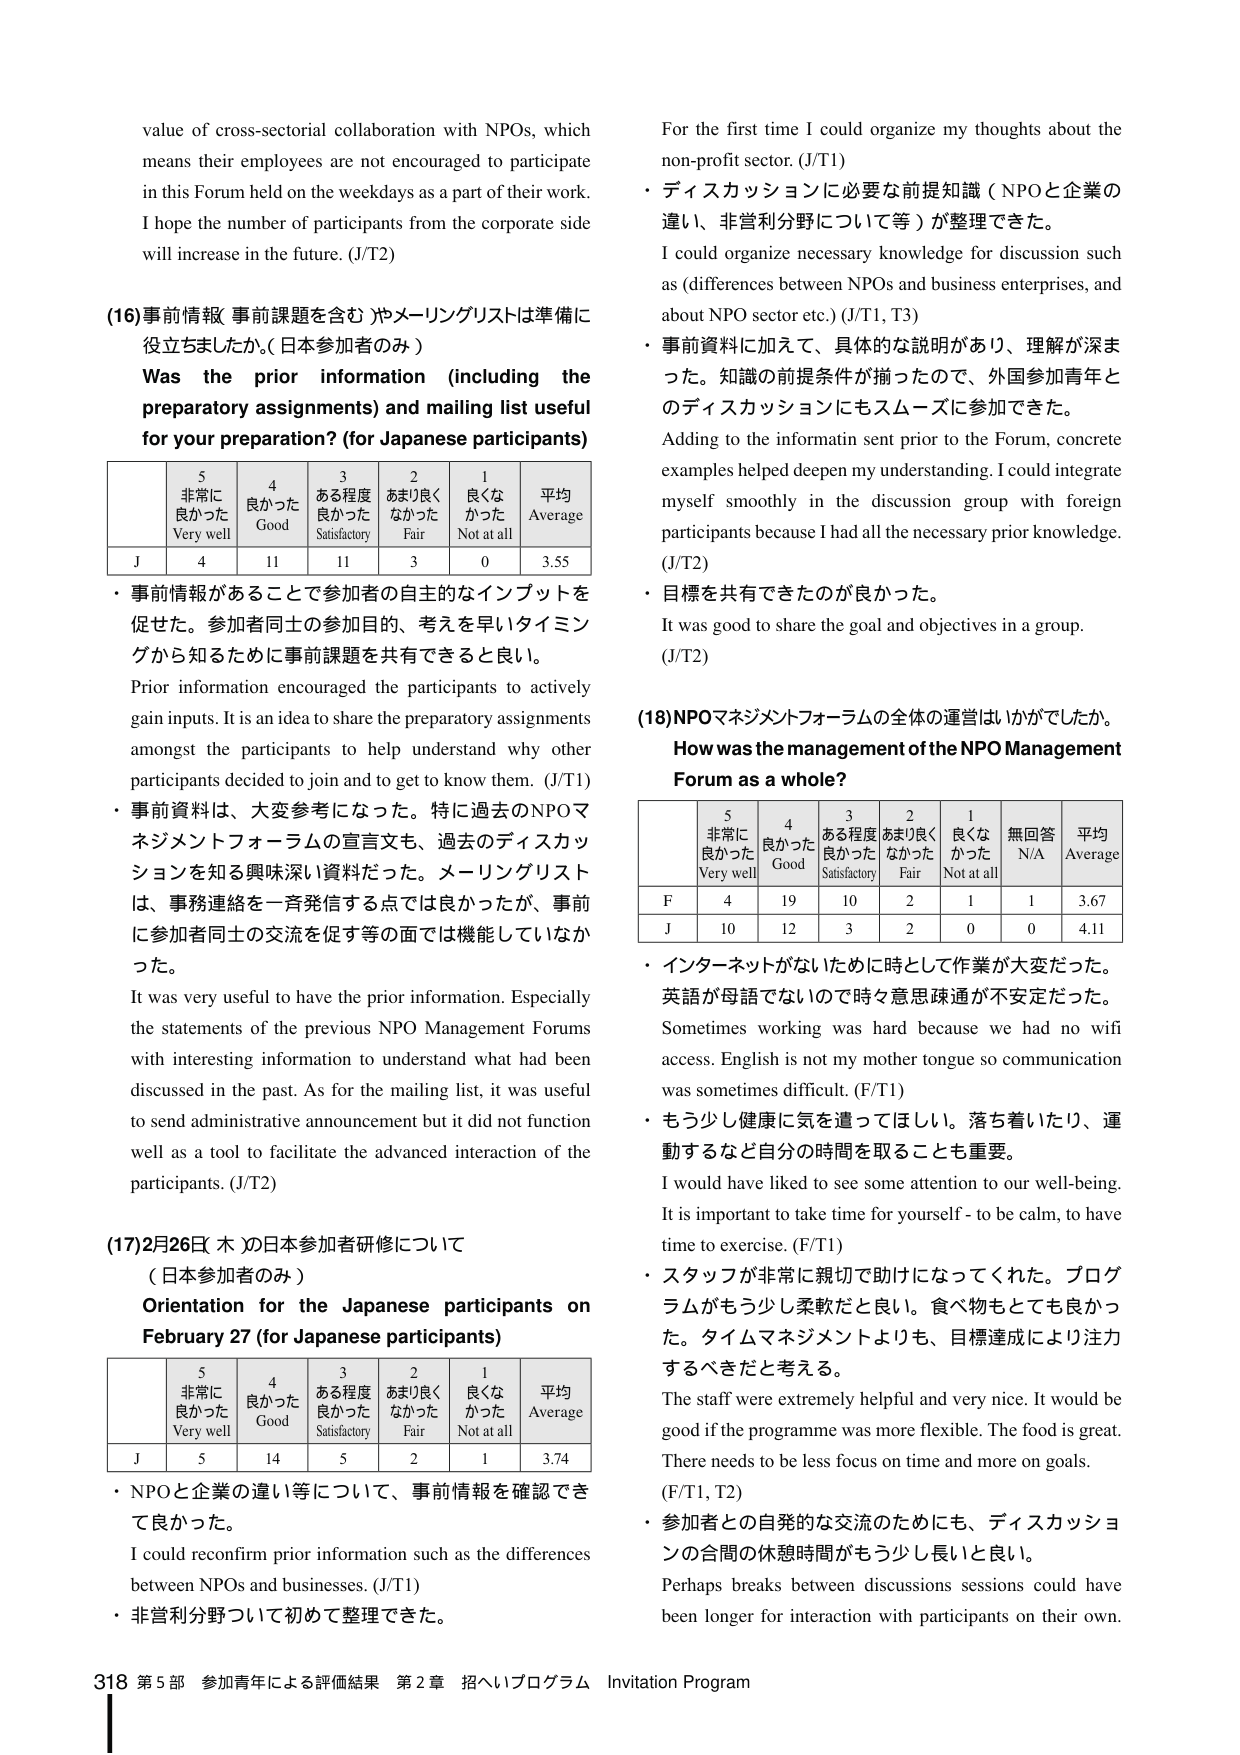
value of cross-sectoral collaboration with NPOs, which means their employees are not encouraged to participate in this Forum held on the weekdays as a part of their work. I hope the number of participants from the corporate side will increase in the future. (J/T2)

(16) 事前情報（事前課題を含む）やメーリングリストは準備に役立ちましたか。（日本参加者のみ）
Was the prior information (including the preparatory assignments) and mailing list useful for your preparation? (for Japanese participants)

5 非常に良かった Very well
4 良かった Good
3 ある程度良かった Satisfactory
2 あまり良くなかった Fair
1 良くなかった Not at all
平均 Average

J 4 11 11 3 0 3.55

・事前情報があることで参加者の自主的なインプットを促せた。参加者同士の参加目的、考えを早いタイミングから知るために事前課題を共有できると良い。
Prior information encouraged the participants to actively gain inputs. It is an idea to share the preparatory assignments amongst the participants to help understand why other participants decided to join and to get to know them. (J/T1)

・事前資料は、大変参考になった。特に過去のNPOマネジメントフォーラムの宣言文も、過去のディスカッションを知る興味深い資料だった。メーリングリストは、事務連絡を一斉発信する点では良かったが、事前に参加者同士の交流を促す等の面では機能していなかった。
It was very useful to have the prior information. Especially the statements of the previous NPO Management Forums with interesting information to understand what had been discussed in the past. As for the mailing list, it was useful to send administrative announcement but it did not function well as a tool to facilitate the advanced interaction of the participants. (J/T2)

(17) 2月26日 木 の日本参加者研修について
（日本参加者のみ）
Orientation for the Japanese participants on February 27 (for Japanese participants)

5 非常に良かった Very well
4 良かった Good
3 ある程度良かった Satisfactory
2 あまり良くなかった Fair
1 良くなかった Not at all
平均 Average

J 5 14 5 2 1 3.74

・NPOと企業の違い等について、事前情報を確認できて良かった。
I could reconfirm prior information such as the differences between NPOs and businesses. (J/T1)

・非営利分野について初めて整理できた。
For the first time I could organize my thoughts about the non-profit sector. (J/T1)

・ディスカッションに必要な前提知識（NPOと企業の違い、非営利分野について等）が整理できた。
I could organize necessary knowledge for discussion such as (differences between NPOs and business enterprises, and about NPO sector etc.) (J/T1, T3)

・事前資料に加えて、具体的な説明があり、理解が深まった。知識の前提条件が揃ったので、外国参加青年とのディスカッションにもスムーズに参加できた。
Adding to the information sent prior to the Forum, concrete examples helped deepen my understanding. I could integrate myself smoothly in the discussion group with foreign participants because I had all the necessary prior knowledge. (J/T2)

・目標を共有できたのが良かった。
It was good to share the goal and objectives in a group. (J/T2)

(18) NPOマネジメントフォーラムの全体の運営はいかがでしたか。
How was the management of the NPO Management Forum as a whole?

5 非常に良かった Very well
4 良かった Good
3 ある程度良かった Satisfactory
2 あまり良くなかった Fair
1 良くなかった Not at all
無回答 N/A
平均 Average

F 4 19 10 2 1 1 3.67
J 10 12 3 2 0 0 4.11

・インターネットがないために時として作業が大変だった。英語が母語でないので時々意思疎通が不安定だった。
Sometimes working was hard because we had no wifi access. English is not my mother tongue so communication was sometimes difficult. (F/T1)

・もう少し健康に気を遣ってほしい。落ち着いたり、運動するなど自分の時間を取ることも重要。
I would have liked to see some attention to our well-being. It is important to take time for yourself - to be calm, to have time to exercise. (F/T1)

・スタッフが非常に親切で助けてくれた。プログラムがもう少し柔軟だと良い。食べ物もとても良かった。タイムマネジメントよりも、目標達成により注力するべきだと考える。
The staff were extremely helpful and very nice. It would be good if the programme was more flexible. The food is great. There needs to be less focus on time and more on goals. (F/T1, T2)

・参加者との自発的な交流のためにも、ディスカッションの合間の休憩時間がもう少し長いと良い。
Perhaps breaks between discussions sessions could have been longer for interaction with participants on their own.

318 第5部 参加青年による評価結果 第2章 招へいプログラム Invitation Program